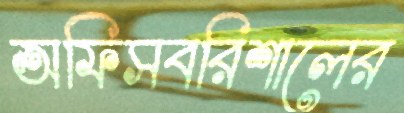
অফিসবরিশালের